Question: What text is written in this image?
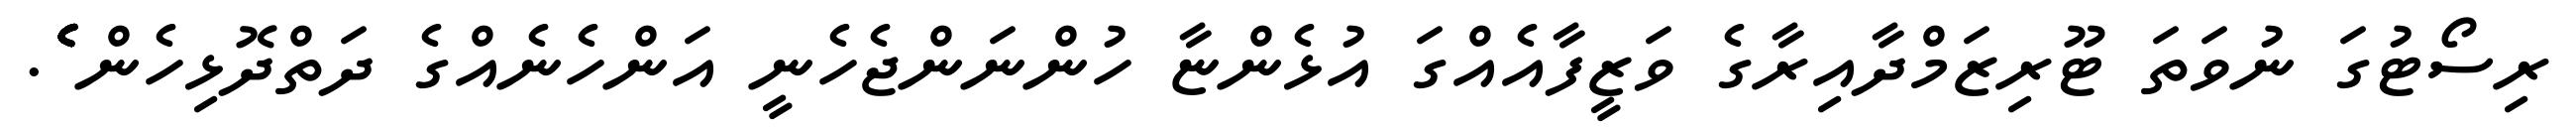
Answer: ރިސޯޓުގަ ނުވަތަ ޓޫރިޒަމްދާއިރާގެ ވަޒީފާއެއްގަ އުޅެންޏާ ހުންނަންޖެހެނީ އަންހެނެއްގެ ދަތްދޮޅިހެން ެެެެެެެެެެެެެެެެެ.